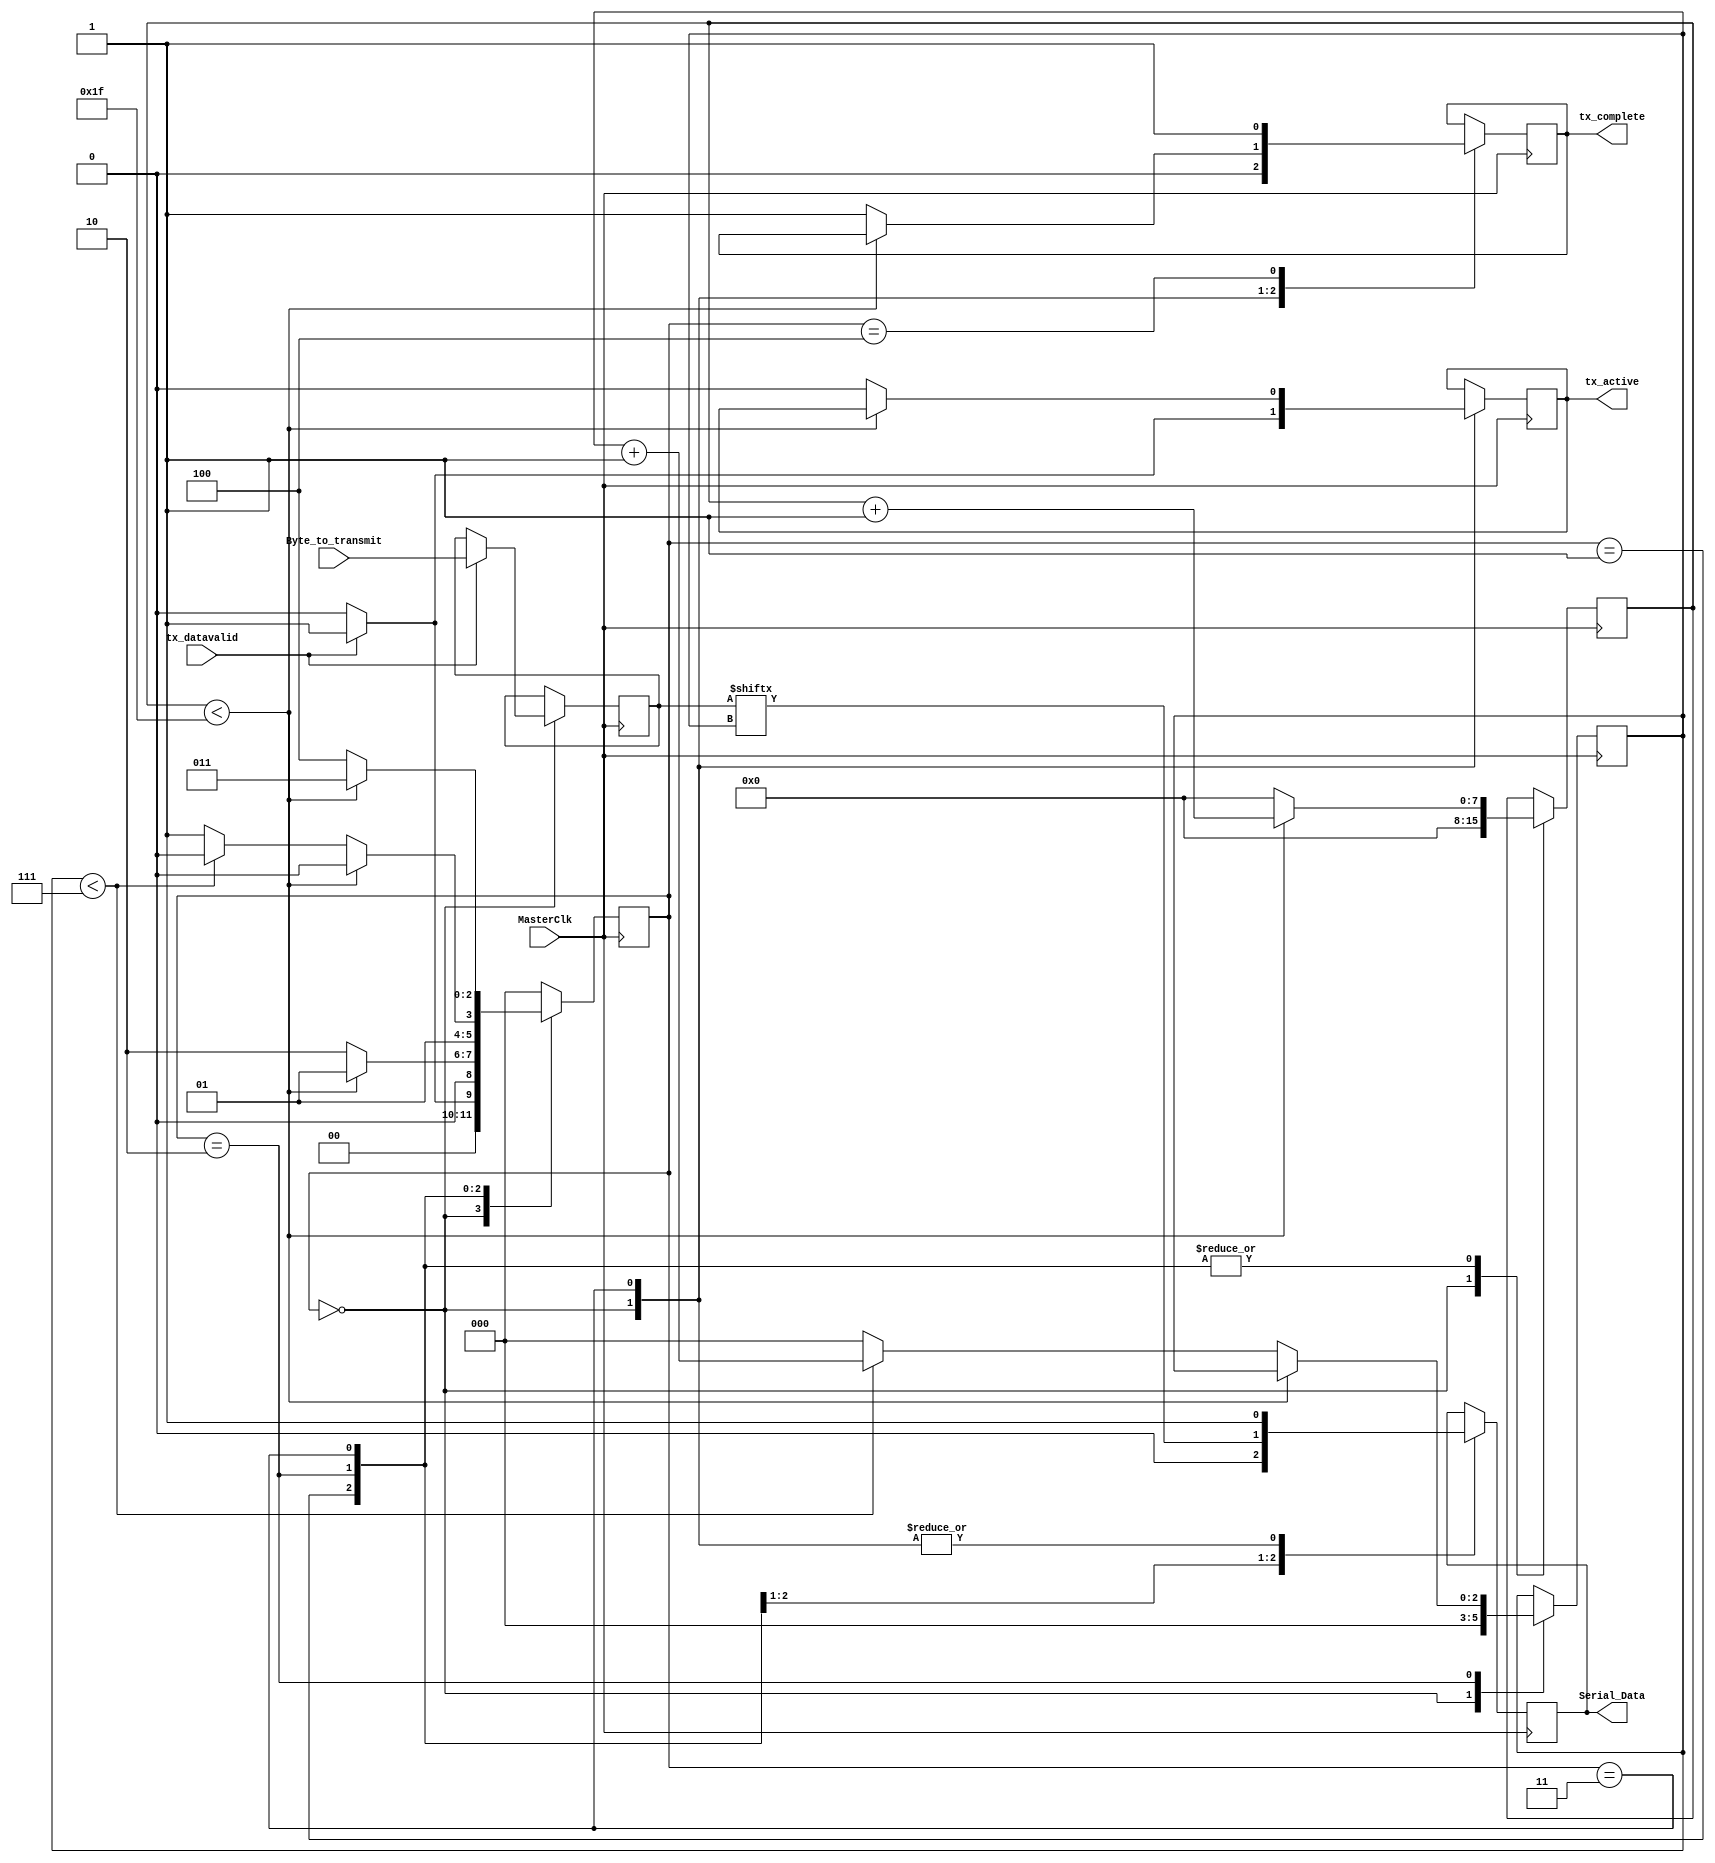
`timescale 1ns / 1ps
module UART_Transmitter
#(parameter Clk_per_bit=32)
(
input MasterClk,
input tx_datavalid,
input [7:0] Byte_to_transmit,
output tx_active,
output reg Serial_Data,
output tx_complete
    );
parameter idle_state=3'b000;
parameter start_state=3'b001;
parameter tx_data_state=3'b010;
parameter stop_state=3'b011;
parameter resync_state=3'b100;
reg temp_tx_active=0;
reg [7:0] tx_data=0;
reg [2:0] current_state=0;
reg temp_tx_complete=0;
reg [7:0] Clk_Counter=0;
reg [2:0] index=0;
always @(posedge MasterClk)
begin
	case(current_state)
		idle_state:
			begin	
				temp_tx_active<=0;
				Serial_Data<=1'b1;
				Clk_Counter<=0;
				temp_tx_complete<=0;
				index<=0;
				if(tx_datavalid==1'b1)
					begin
						temp_tx_active<=1'b1;
						current_state<=start_state;
						tx_data<=Byte_to_transmit;
					end
				else
					current_state<=idle_state;
			end
		start_state:
			begin
				Serial_Data<=1'b0;
					if(Clk_Counter<Clk_per_bit-1)
						begin
							Clk_Counter<=Clk_Counter+1;
							current_state<=start_state;
						end
					else
						begin
							Clk_Counter<=0;
							current_state<=tx_data_state;
						end
			end
		tx_data_state:
			begin
				Serial_Data<=tx_data[index];
				if(Clk_Counter<Clk_per_bit-1)
					begin
							Clk_Counter<=Clk_Counter+1;
							current_state<=tx_data_state;
					end
				else
					begin
						Clk_Counter<=0;
						if(index<7)
							begin
								index<=index+1;
								current_state<=tx_data_state;
							end
						else
							begin
								index<=0;
								current_state<=stop_state;
							end
					end
			end
		stop_state:
			begin
				Serial_Data<=1'b1;
				if(Clk_Counter<Clk_per_bit-1)
						begin
							Clk_Counter<=Clk_Counter+1;
							current_state<=stop_state;
						end
				else
					begin
						temp_tx_complete<=1'b1;
						Clk_Counter<=0;
						temp_tx_active<=1'b0;
						current_state<=resync_state;
					end
			end
		resync_state:
			begin	
				temp_tx_complete<=1'b1;
				current_state<=idle_state;
			end
		default:
			current_state<=idle_state;
	endcase
end
assign tx_active=temp_tx_active;
assign tx_complete=temp_tx_complete;
endmodule